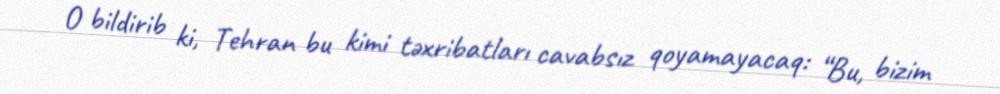
O bildirib ki, Tehran bu kimi təxribatları cavabsız qoyamayacaq: “Bu, bizim